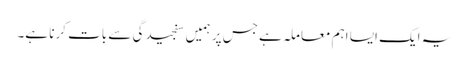
یہ ایک ایسا اہم معاملہ ہے جس پر ہمیں سنجیدگی سے بات کرنا ہے۔